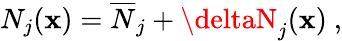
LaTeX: N_{j}(\mathbf{x})={\overline{{{N}}}}_{j}+\deltaN_{j}(\mathbf{x})\ ,